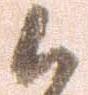
候